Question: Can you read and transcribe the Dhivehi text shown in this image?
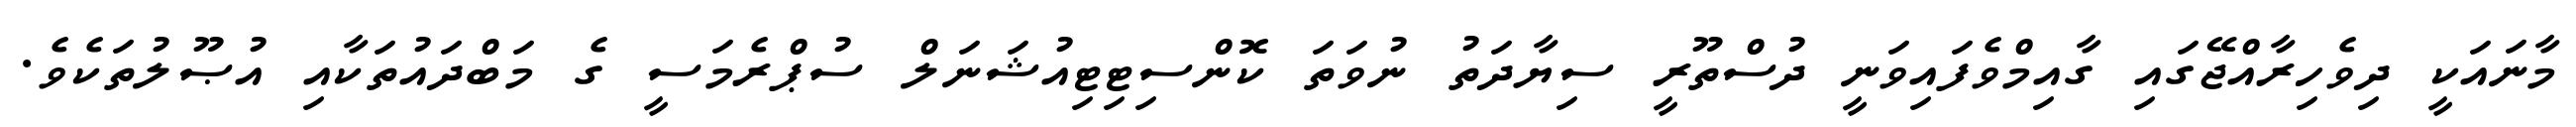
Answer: މާނައަކީ ދިވެހިރާއްޖޭގައި ގާއިމްވެފައިވަނީ ދުސްތޫރީ ސިޔާދަތު ނުވަތަ ކޮންސިޓިޓިއުޝަނަލް ސުޕްރެމަސީ ގެ މަބްދައުތަކާއި އުޞޫލުތަކެވެ.